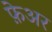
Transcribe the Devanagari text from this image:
फ़ेअर